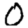
Digit: 0